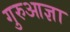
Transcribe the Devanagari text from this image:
गुरुआज्ञा